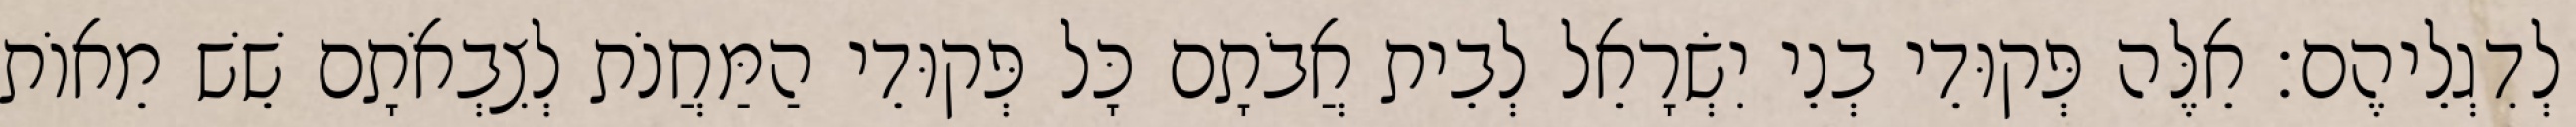
לְדִגְלֵיהֶם׃ אֵלֶּה פְּקוּדֵי בְנֵי יִשְׂרָאֵל לְבֵית אֲבֹתָם כָּל פְּקוּדֵי הַמַּחֲנֹת לְצִבְאֹתָם שֵׁשׁ מֵאוֹת